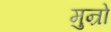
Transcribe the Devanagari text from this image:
मुन्रो